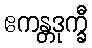
ဧကန္တဒုက္ခီ